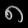
Digit: ၈